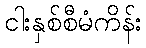
ငါးနှစ်စီမံကိန်း